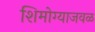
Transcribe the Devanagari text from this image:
शिमोग्याजवळ